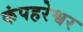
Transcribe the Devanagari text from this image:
कंपहरेश्वर